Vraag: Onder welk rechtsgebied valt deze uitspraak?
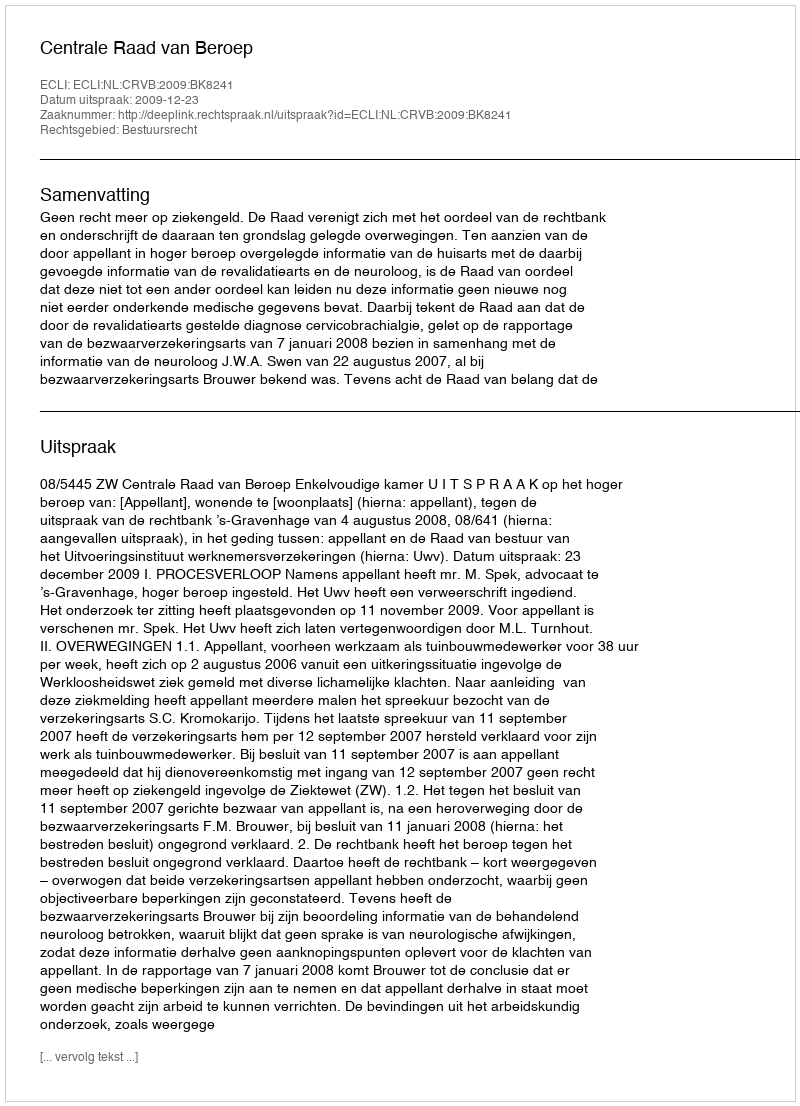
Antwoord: Bestuursrecht